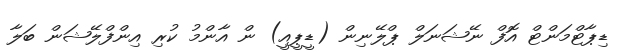
ޑިޕާޓްމަންޓް އޮފް ނޭޝަނަލް ޕްލޭނިން (ޑީޕީއީ) ން އާންމު ކުރި އިންފްލޭޝަން ބަލާ